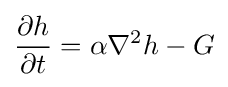
{\frac {\partial h}{\partial t}}=\alpha \nabla ^{2}h-G